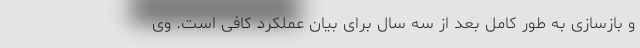
و بازسازی به طور کامل بعد از سه سال برای بیان عملکرد کافی است. وی